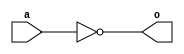
module notfromnand(o,a);

    input a;
    output o;
    assign o = a ~& a;

endmodule